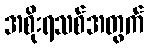
အစိုးရသစ်အတွက်